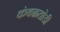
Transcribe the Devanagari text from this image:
कंबळतोडी